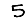
Digit: 5